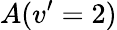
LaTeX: A(v^{\prime}=2)